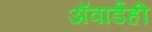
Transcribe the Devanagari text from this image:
ॲवार्डही